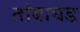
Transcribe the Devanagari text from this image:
तांबाघड